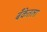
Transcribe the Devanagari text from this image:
बँकेतला